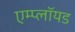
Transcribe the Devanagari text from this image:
एम्प्लॉयड